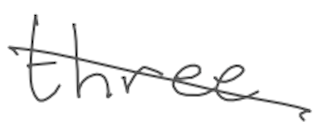
Text: three
Cross-out: diagonal
Writing tool: digital_gray